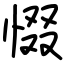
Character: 惙